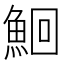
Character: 鮰